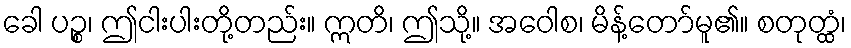
ခေါ ပဉ္စ၊ ဤငါးပါးတို့တည်း။ ဣတိ၊ ဤသို့။ အဝေါစ၊ မိန့်တော်မူ၏။ စတုတ္ထံ၊